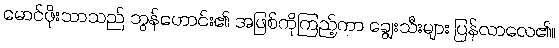
မောင်ဖိုးသာသည် ဘွန်ဟောင်း၏ အဖြစ်ကိုကြည့်ကာ ချွေးသီးများ ပြန်လာလေ၏။